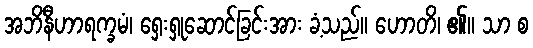
အဘိနီဟာရက္ခမံ၊ ရှေးရှုဆောင်ခြင်းအား ခံ့သည်။ ဟောတိ၊ ၏။ သာ စ